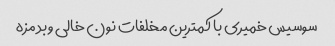
سوسیس خمیری با کمترین مخلفات نون خالی و بد مزه